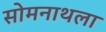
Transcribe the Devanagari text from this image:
सोमनाथला